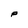
Character: P